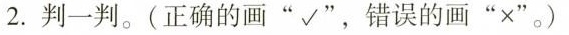
2.判-判。（正确的画“√”），错误的画“×”。）